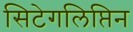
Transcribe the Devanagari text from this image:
सिटेगलिप्तिन